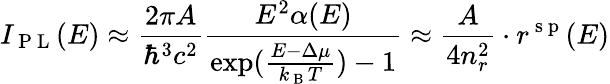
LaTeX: I_{\mathrm{~P~L~}}(E)\approx\frac{2\pi A}{\hbar^{3}c^{2}}\frac{E^{2}\alpha(E)}{\exp(\frac{E-\Delta\mu}{k_{\mathrm{~B~}}T})-1}\approx\frac{A}{4n_{r}^{2}}\cdot r^{\mathrm{~s~p~}}(E)